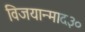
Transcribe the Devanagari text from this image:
विजयान्माद३०